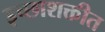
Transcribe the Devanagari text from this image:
इच्छाशक्तीत